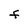
Character: F